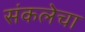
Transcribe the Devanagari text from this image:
संकलेचा